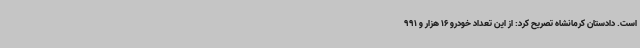
است. دادستان کرمانشاه تصریح کرد: از این تعداد خودرو 16 هزار و 991